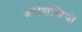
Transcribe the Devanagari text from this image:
अर्थशस्त्रियो